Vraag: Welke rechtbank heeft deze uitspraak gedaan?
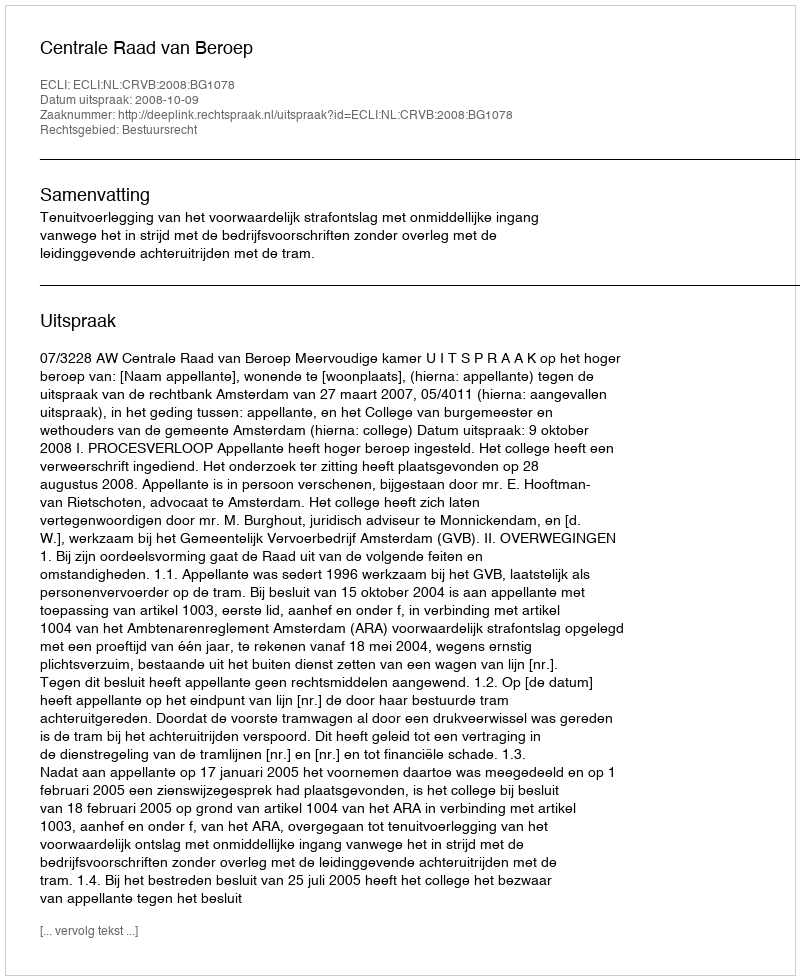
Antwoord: Centrale Raad van Beroep